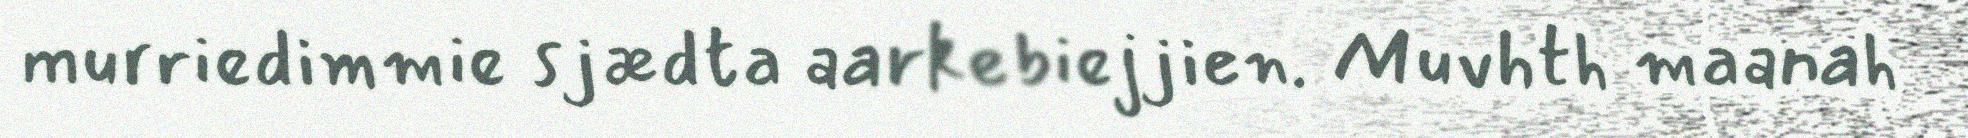
murriedimmie sjædta aarkebiejjien. Muvhth maanah